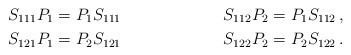
LaTeX: \begin{align*}S_{111}P_1&=P_1S_{111} & S_{112}P_2=P_1S_{112}\,, \\S_{121}P_1&=P_2S_{121} & S_{122}P_2=P_2S_{122}\,. \end{align*}